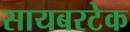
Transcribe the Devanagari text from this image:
सायबरटेक